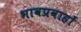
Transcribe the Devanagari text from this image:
भावप्रवाहों